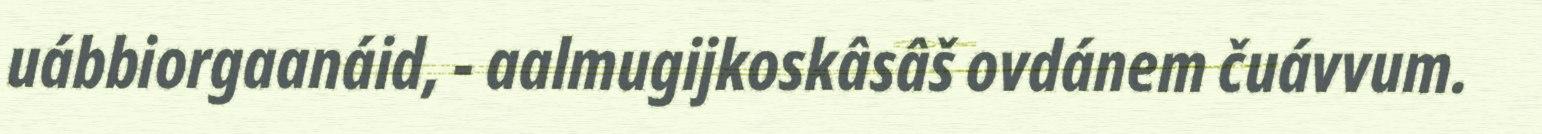
uábbiorgaanáid, - aalmugijkoskâsâš ovdánem čuávvum.